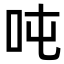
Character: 吨